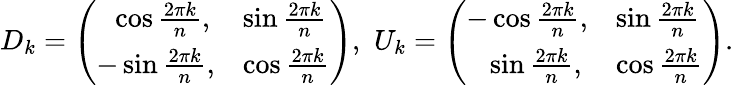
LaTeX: D_{k}=\left(\begin{array}{ll}{{\, \, \, \, \cos\frac{2\pi k}{n},}}&{{\sin\frac{2\pi k}{n}}}\\ {{-\sin\frac{2\pi k}{n},}}&{{\cos\frac{2\pi k}{n}}}\end{array}\right),\, \, U_{k}=\left(\begin{array}{ll}{{-\cos\frac{2\pi k}{n},}}&{{\sin\frac{2\pi k}{n}}}\\ {{\, \, \, \, \, \sin\frac{2\pi k}{n},}}&{{\cos\frac{2\pi k}{n}}}\end{array}\right).